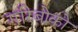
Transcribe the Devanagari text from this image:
गरिबोको